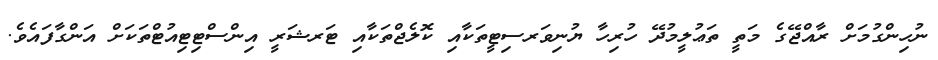
ނުހިންގުމަށް ރާއްޖޭގެ މަތީ ތަޢުލީމުދޭ ހުރިހާ ޔުނިވަރސިޓީތަކާއި ކޮލެޖްތަކާއި ޓަރޝަރީ އިންސްޓިޓިއުޓްތަކަށް އަންގާފައެވެ.